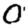
Digit: 0